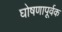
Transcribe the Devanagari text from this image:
घोषणापूर्वक